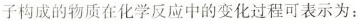
子构成的物质在化学反应中的变化过程可表示为：